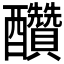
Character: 𨤆